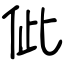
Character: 佌